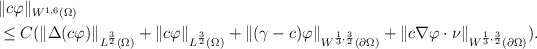
\begin{align*}\begin{aligned}&\|c\varphi \|_{W^{1,6}(\Omega)}\\&\le C( \|\Delta(c \varphi) \|_{L^{\frac{3}{2}}(\Omega)} +\| c \varphi\|_{L^{\frac{3}{2}}(\Omega)} + \| (\gamma-c) \varphi \|_{W^{\frac{1}{3},\frac{3}{2}}(\partial\Omega)} +\| c\nabla \varphi \cdot \nu \|_{W^{\frac{1}{3},\frac{3}{2}}(\partial\Omega)} ).\end{aligned}\end{align*}